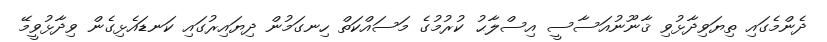
ދެންމެގައި ތިޔަވިދާޅުވި ޤާނޫނުއަސާސީ އިސްލާޙު ކުރުމުގެ މަސައްކަތް ހިނގަމުން ދިޔައިރުގައި ކަނޑައެޅިގެން ވިދާޅުވީމޭ